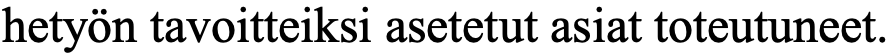
hetyön tavoitteiksi asetetut asiat toteutuneet.